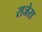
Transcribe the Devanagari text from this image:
राजेरा